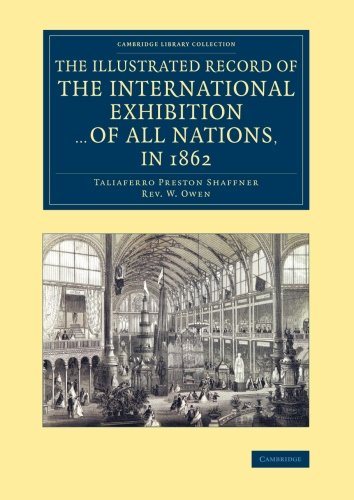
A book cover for The Illustrated Record of the International Exhibition ... of All Nations, in 1862 (Cambridge Library Collection - British and Irish History, 19th Century); Taliaferro Preston Shaffner; Business & Money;